Indian Medical Review
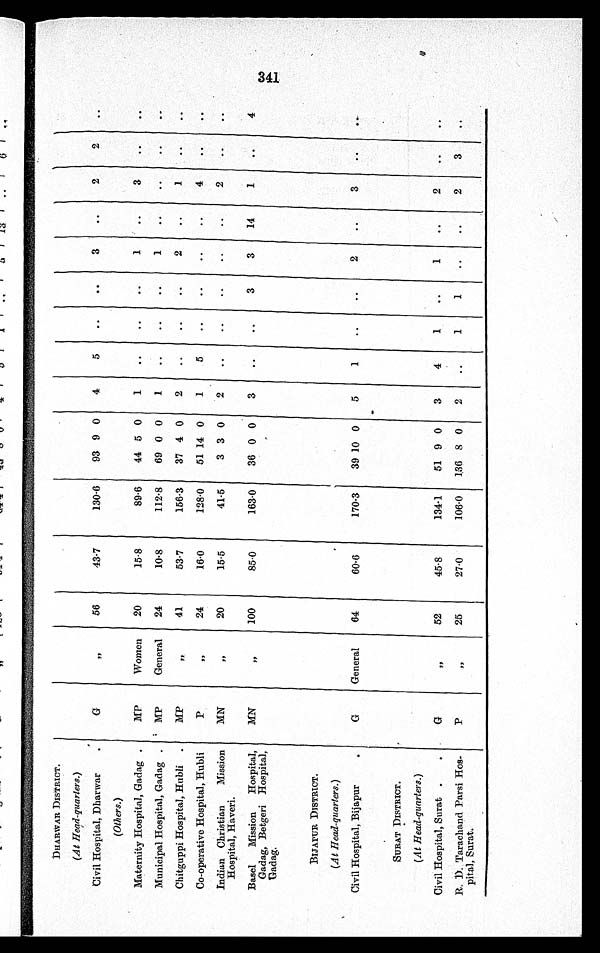
DHARWAR DISTRICT.
(At Head-quarters.)
Civil Hospital, Dharwar
, ,
56
43·7
130·6
93 9
0
4
5
..
..
3
..
2
2
..
(Others.)
Maternity Hospital, Gadag
MP
Women
20
15·8
89·6
44 5 0
1
. .
. .
. .
1
..
3 ..
. .
Municipal Hospital, Gadag
MP
General
24
10·8
112·8
69 0 0
1
..
..
..
1
. .
. . ..
. .
Chitguppi Hospital, Hubli
MP
. .
41
53·7
156·3
37 4 0
2
..
. .
. .
2
..
1
. .
. .
Co-operative Hospital, Hubli
P
, ,
24
16·0
128·0
51 14 0
1
5
..
. .
. .
. .
4
..
. .
Indian Christian Mission
Hospital, Haveri.
MN
, ,
20
15·5
41·5
3 3 0
2
..
..
. .
. .
..
2
..
. .
Basel Mission Hospital,
Gadag, Betgeri Hospital,
Gadag.
MN
, ,
100
85·0
163·0
36 0 0
3
..
. .
3
3
14
1
..
4
BIJAPUR DISTRICT.
(At Head-quarters.)
Civil Hospital, Bijapur
G
General
64
60·6
170·3
39 10 0
5
1
. .
. .
2
..
3
..
SURAT DISTRICT.
(At Head-quarters.)
Civil Hospital, Surat
G
, ,
52
45·8
134·1
51 9 0
3
4
1
..
1
..
2
. .
. .
R. D. Tarachand Parsi Hos-
pital, Surat.
P
, ,
25
27·0
106·0
1,36 8 0
2
..
1
1
. .
. .
2
3
. .
341